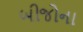
બીજોના